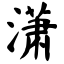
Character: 潇